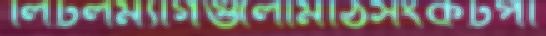
লিটলম্যাগগুলোমাঠসংকটপা